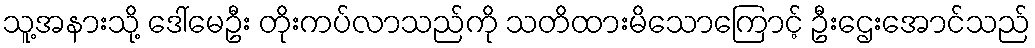
သူ့အနားသို့ ဒေါ်မေဦး တိုးကပ်လာသည်ကို သတိထားမိသောကြောင့် ဦးဌေးအောင်သည်